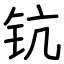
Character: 钪